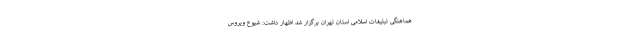
هماهنگی تبلیغات اسلامی استان تهران برگزار شد اظهار داشت: شیوع ویروس